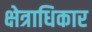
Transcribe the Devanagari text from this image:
क्ष्‍ोत्राधिकार